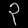
Digit: ၃